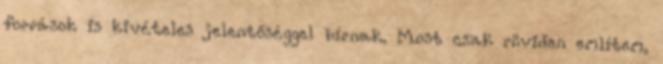
források is kivételes jelentőséggel bírnak. Most csak röviden említem,